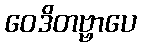
ဝေဒိတဗ္ဗာပေ